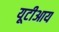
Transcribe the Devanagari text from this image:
यूटीआय